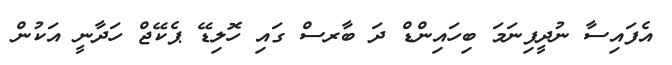
އެފައިސާ ނުދީފިނަމަ ބިހައިންޑް ދަ ބާރސް ގައި ހޮލިޑޭ ޕެކޭޖް ހަދާނީ އަކުން